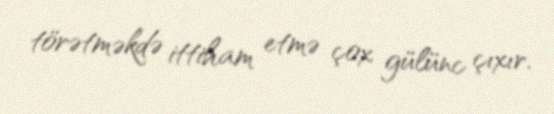
törətməkdə ittiham etmə çox gülünc çıxır.